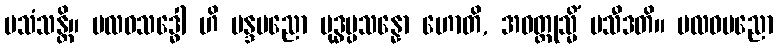
ပသံသန္တိ။ ဗလဝသဒ္ဓေါ ဟိ မန္ဒပညော မုဒ္ဓပ္ပသန္နော ဟောတိ, အဝတ္ထုသ္မိံ ပသီဒတိ။ ဗလဝပညော